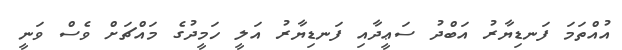
އުއްތަމަ ފަނޑިޔާރު އަބްދު ސަޢީދާއި ފަނޑިޔާރު އަލީ ހަމީދުގެ މައްޗަށް ވެސް ވަނީ